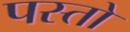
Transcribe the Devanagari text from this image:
पस्तो